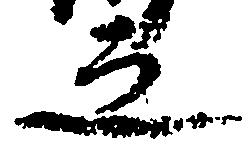
之